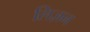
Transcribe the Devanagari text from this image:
लिज़न